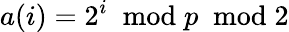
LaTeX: a(i)=2^{i}~{\bmod{p}}~{\bmod{2}}